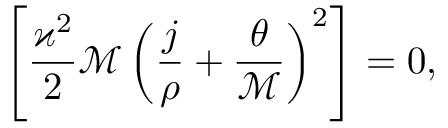
\left[ \frac { \varkappa ^ { 2 } } { 2 } \mathcal { M } \left( \frac { j } { \rho } + \frac { \theta } { \mathcal { M } } \right) ^ { 2 } \right] = 0 ,